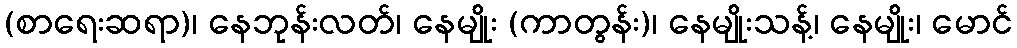
(စာရေးဆရာ)၊ နေဘုန်းလတ်၊ နေမျိုး (ကာတွန်း)၊ နေမျိုးသန့်၊ နေမျိုး၊ မောင်